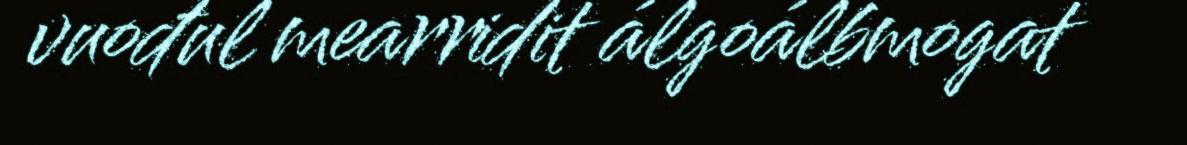
vuođul mearridit álgoálbmogat